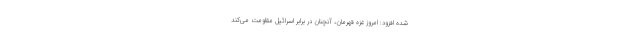
شده افزود: امروز غزه قهرمان، آنچنان در برابر اسرائیل مقاومت می‌کند